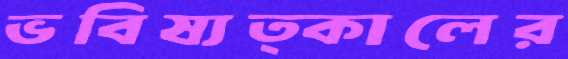
ভবিষ্যত্কালের